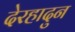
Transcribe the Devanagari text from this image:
देरहादुन